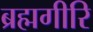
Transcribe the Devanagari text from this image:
ब्रह्मगीरि